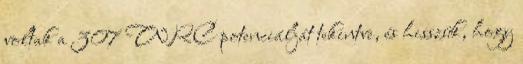
voltak a 307 WRC potenciálját tekintve, és hisszük, hogy